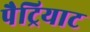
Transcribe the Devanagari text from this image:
पैट्रियाट